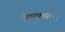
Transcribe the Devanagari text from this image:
देलाफॉस